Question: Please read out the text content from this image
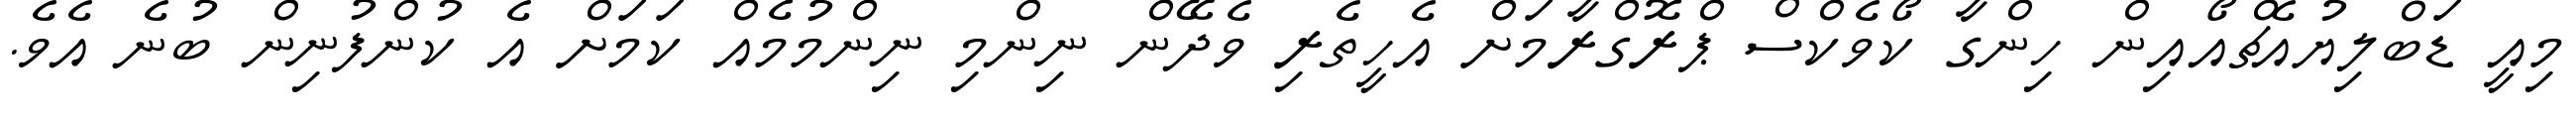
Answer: މިއީ ޑަބްލިޔުއެޗްއޯއިން ހިންގާ ކޯވެކްސް ޕްރޮގްރާމަށް އެހީތެރި ވެދޭން ނިންމި ނިންމުމެއް ކަމަށް އެ ކުންފުނިން ބުނެ އެވެ.